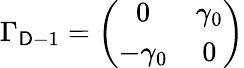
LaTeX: \Gamma_{\mathsf{D}-1}=\left(\begin{array}{cc}{{0}}&{{\gamma_{0}}}\\ {{-\gamma_{0}}}&{{0}}\end{array}\right)